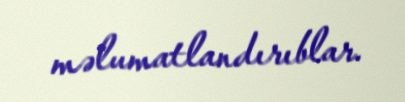
məlumatlandırıblar.